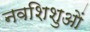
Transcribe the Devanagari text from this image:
नवशिशुओं